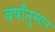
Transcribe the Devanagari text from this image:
वर्षांनुसार